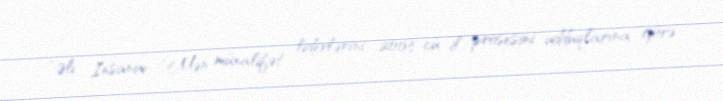
“Əli İnsanov: “Mən müxalifət liderlərini 2003-cü il prosesini udduqlarına görə